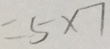
= 5 \times 7